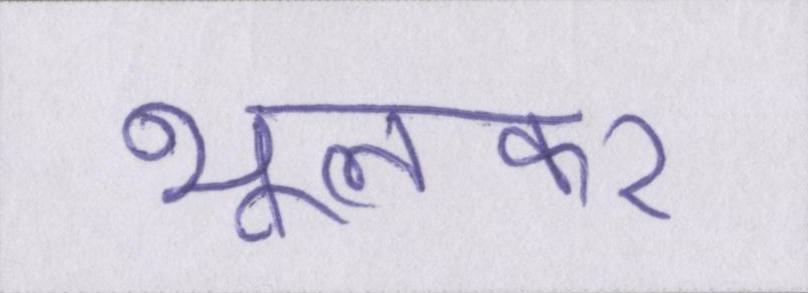
भूलकर